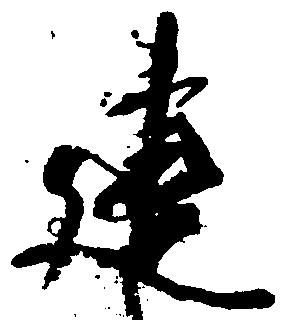
建